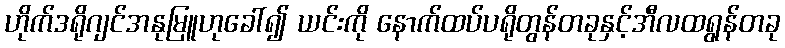
ဟိုက်ဒရိုဂျင်အနုမြူဟုခေါ်၍ ယင်းကို နောက်ထပ်ပရိုတွန်တခုနှင့်အီလထရွန်တခု